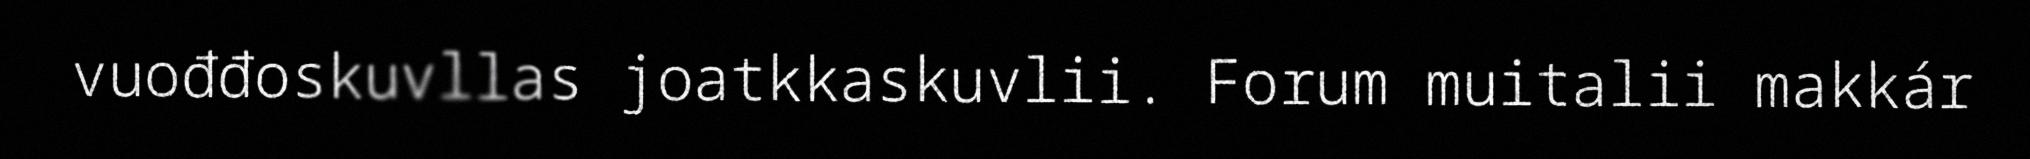
vuođđoskuvllas joatkkaskuvlii. Forum muitalii makkár